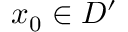
\boldsymbol { x } _ { 0 } \in D ^ { \prime }